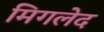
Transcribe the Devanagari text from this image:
मिगलेद